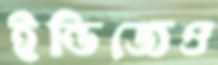
ইন্ডিজেও